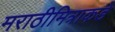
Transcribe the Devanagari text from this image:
मराठीमित्राकडे